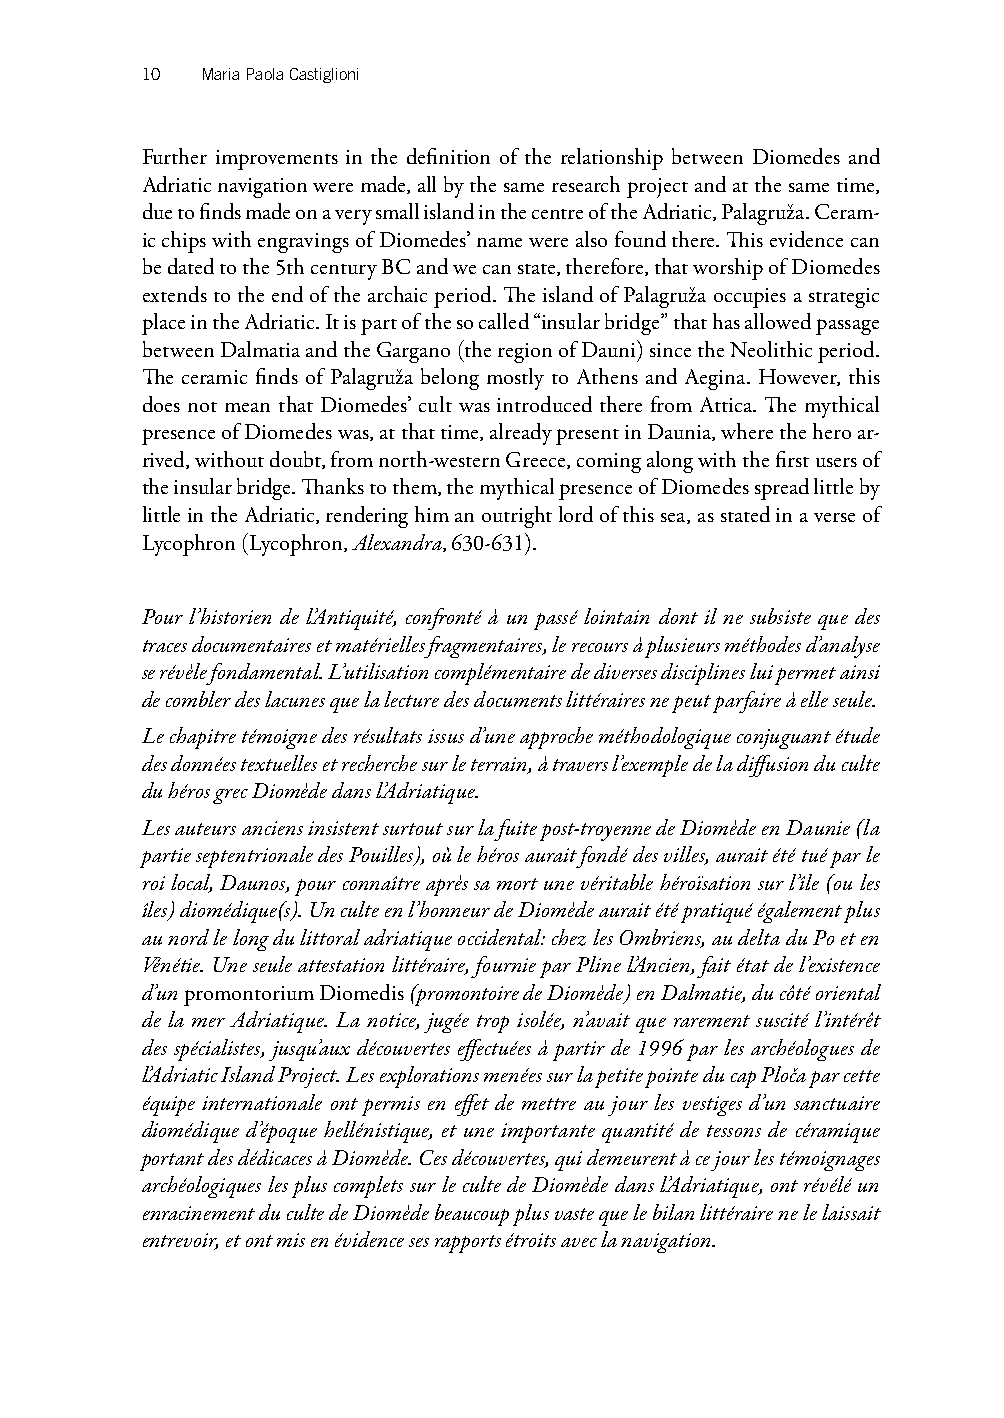
10  Maria Paola Castiglioni
 Further improvements in the definition of the relationship between Diomedes and
 Adriatic navigation were made, all by the same research project and at the same time,
 due to finds made on a very small island in the centre of the Adriatic, Palagruža. Ceram-
 ic chips with engravings of Diomedes’ name were also found there. This evidence can
 be dated to the 5th century BC and we can state, therefore, that worship of Diomedes
 extends to the end of the archaic period. The island of Palagruža occupies a strategic
 place in the Adriatic. It is part of the so called “insular bridge” that has allowed passage
 between Dalmatia and the Gargano (the region of Dauni) since the Neolithic period.
 The ceramic finds of Palagruža belong mostly to Athens and Aegina. However, this
 does not mean that Diomedes’ cult was introduced there from Attica. The mythical
 presence of Diomedes was, at that time, already present in Daunia, where the hero ar-
 rived, without doubt, from north-western Greece, coming along with the first users of
 the insular bridge. Thanks to them, the mythical presence of Diomedes spread little by
 little in the Adriatic, rendering him an outright lord of this sea, as stated in a verse of
 Lycophron (Lycophron, Alexandra, 630-631).
 Pour l’historien de l’Antiquité, confronté à un passé lointain dont il ne subsiste que des
 traces documentaires et matérielles fragmentaires, le recours à plusieurs méthodes d’analyse
 se révèle fondamental. L’utilisation complémentaire de diverses disciplines lui permet ainsi
 de combler des lacunes que la lecture des documents littéraires ne peut parfaire à elle seule.
 Le chapitre témoigne des résultats issus d’une approche méthodologique conjuguant étude
 des données textuelles et recherche sur le terrain, à travers l’exemple de la diffusion du culte
 du héros grec Diomède dans l’Adriatique.
 Les auteurs anciens insistent surtout sur la fuite post-troyenne de Diomède en Daunie (la
 partie septentrionale des Pouilles), où le héros aurait fondé des villes, aurait été tué par le
 roi local, Daunos, pour connaître après sa mort une véritable héroïsation sur l’île (ou les
 îles) diomédique(s). Un culte en l’honneur de Diomède aurait été pratiqué également plus
 au nord le long du littoral adriatique occidental: chez les Ombriens, au delta du Po et en
 Vénétie. Une seule attestation littéraire, fournie par Pline l’Ancien, fait état de l’existence
 d’un promontorium Diomedis (promontoire de Diomède) en Dalmatie, du côté oriental
 de la mer Adriatique. La notice, jugée trop isolée, n’avait que rarement suscité l’intérêt
 des spécialistes, jusqu’aux découvertes effectuées à partir de 1996 par les archéologues de
 l’Adriatic Island Project. Les explorations menées sur la petite pointe du cap Ploča par cette
 équipe internationale ont permis en effet de mettre au jour les vestiges d’un sanctuaire
 diomédique d’époque hellénistique, et une importante quantité de tessons de céramique
 portant des dédicaces à Diomède. Ces découvertes, qui demeurent à ce jour les témoignages
 archéologiques les plus complets sur le culte de Diomède dans l’Adriatique, ont révélé un
 enracinement du culte de Diomède beaucoup plus vaste que le bilan littéraire ne le laissait
 entrevoir, et ont mis en évidence ses rapports étroits avec la navigation.